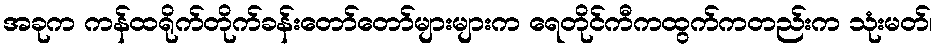
အခုက ကန်ထရိုက်တိုက်ခန်းတော်တော်များများက ရေတိုင်ကီကထွက်ကတည်းက သုံးမတ်၊